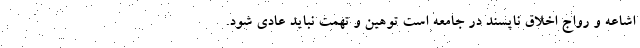
اشاعه و رواج اخلاق ناپسند در جامعه است توهین و تهمت نباید عادی شود.